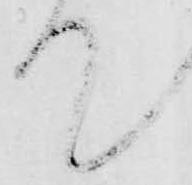
て